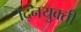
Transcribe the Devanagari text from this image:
द्नियुक्ती